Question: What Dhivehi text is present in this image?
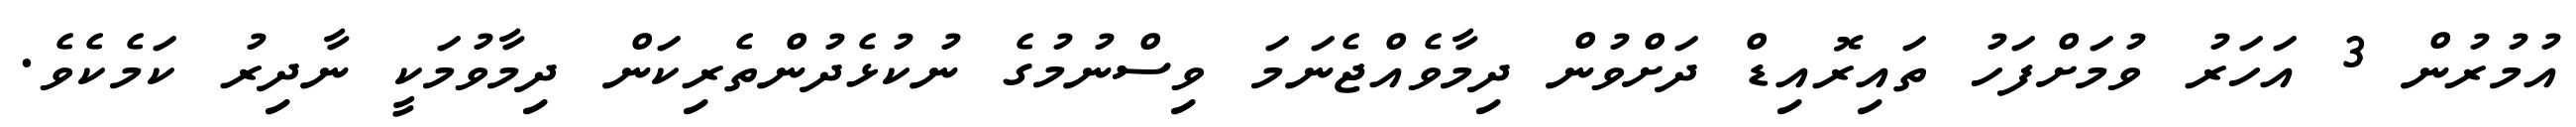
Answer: އުމުރުން 3 އަހަރު ވުމަށްފަހު ތައިރޮއިޑް ދަށްވުން ދިމާވެއްޖެނަމަ ވިސްނުމުގެ ނުކުޅެދުންތެރިކަން ދިމާވުމަކީ ނާދިރު ކަމެކެވެ.